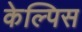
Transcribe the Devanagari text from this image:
केल्पिस